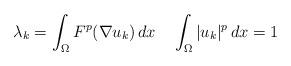
LaTeX: \begin{align*}\lambda_{k}=\int_{\Omega}F^{p}(\nabla u_{k})\,dx \quad\int_{\Omega}|u_k|^{p} \,dx=1\end{align*}